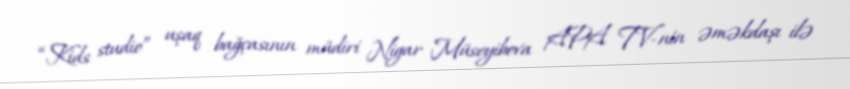
“Kids studio” uşaq bağçasının müdiri Nigar Müseyibova APA TV-nin əməkdaşı ilə